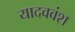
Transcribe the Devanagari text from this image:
यादववंश